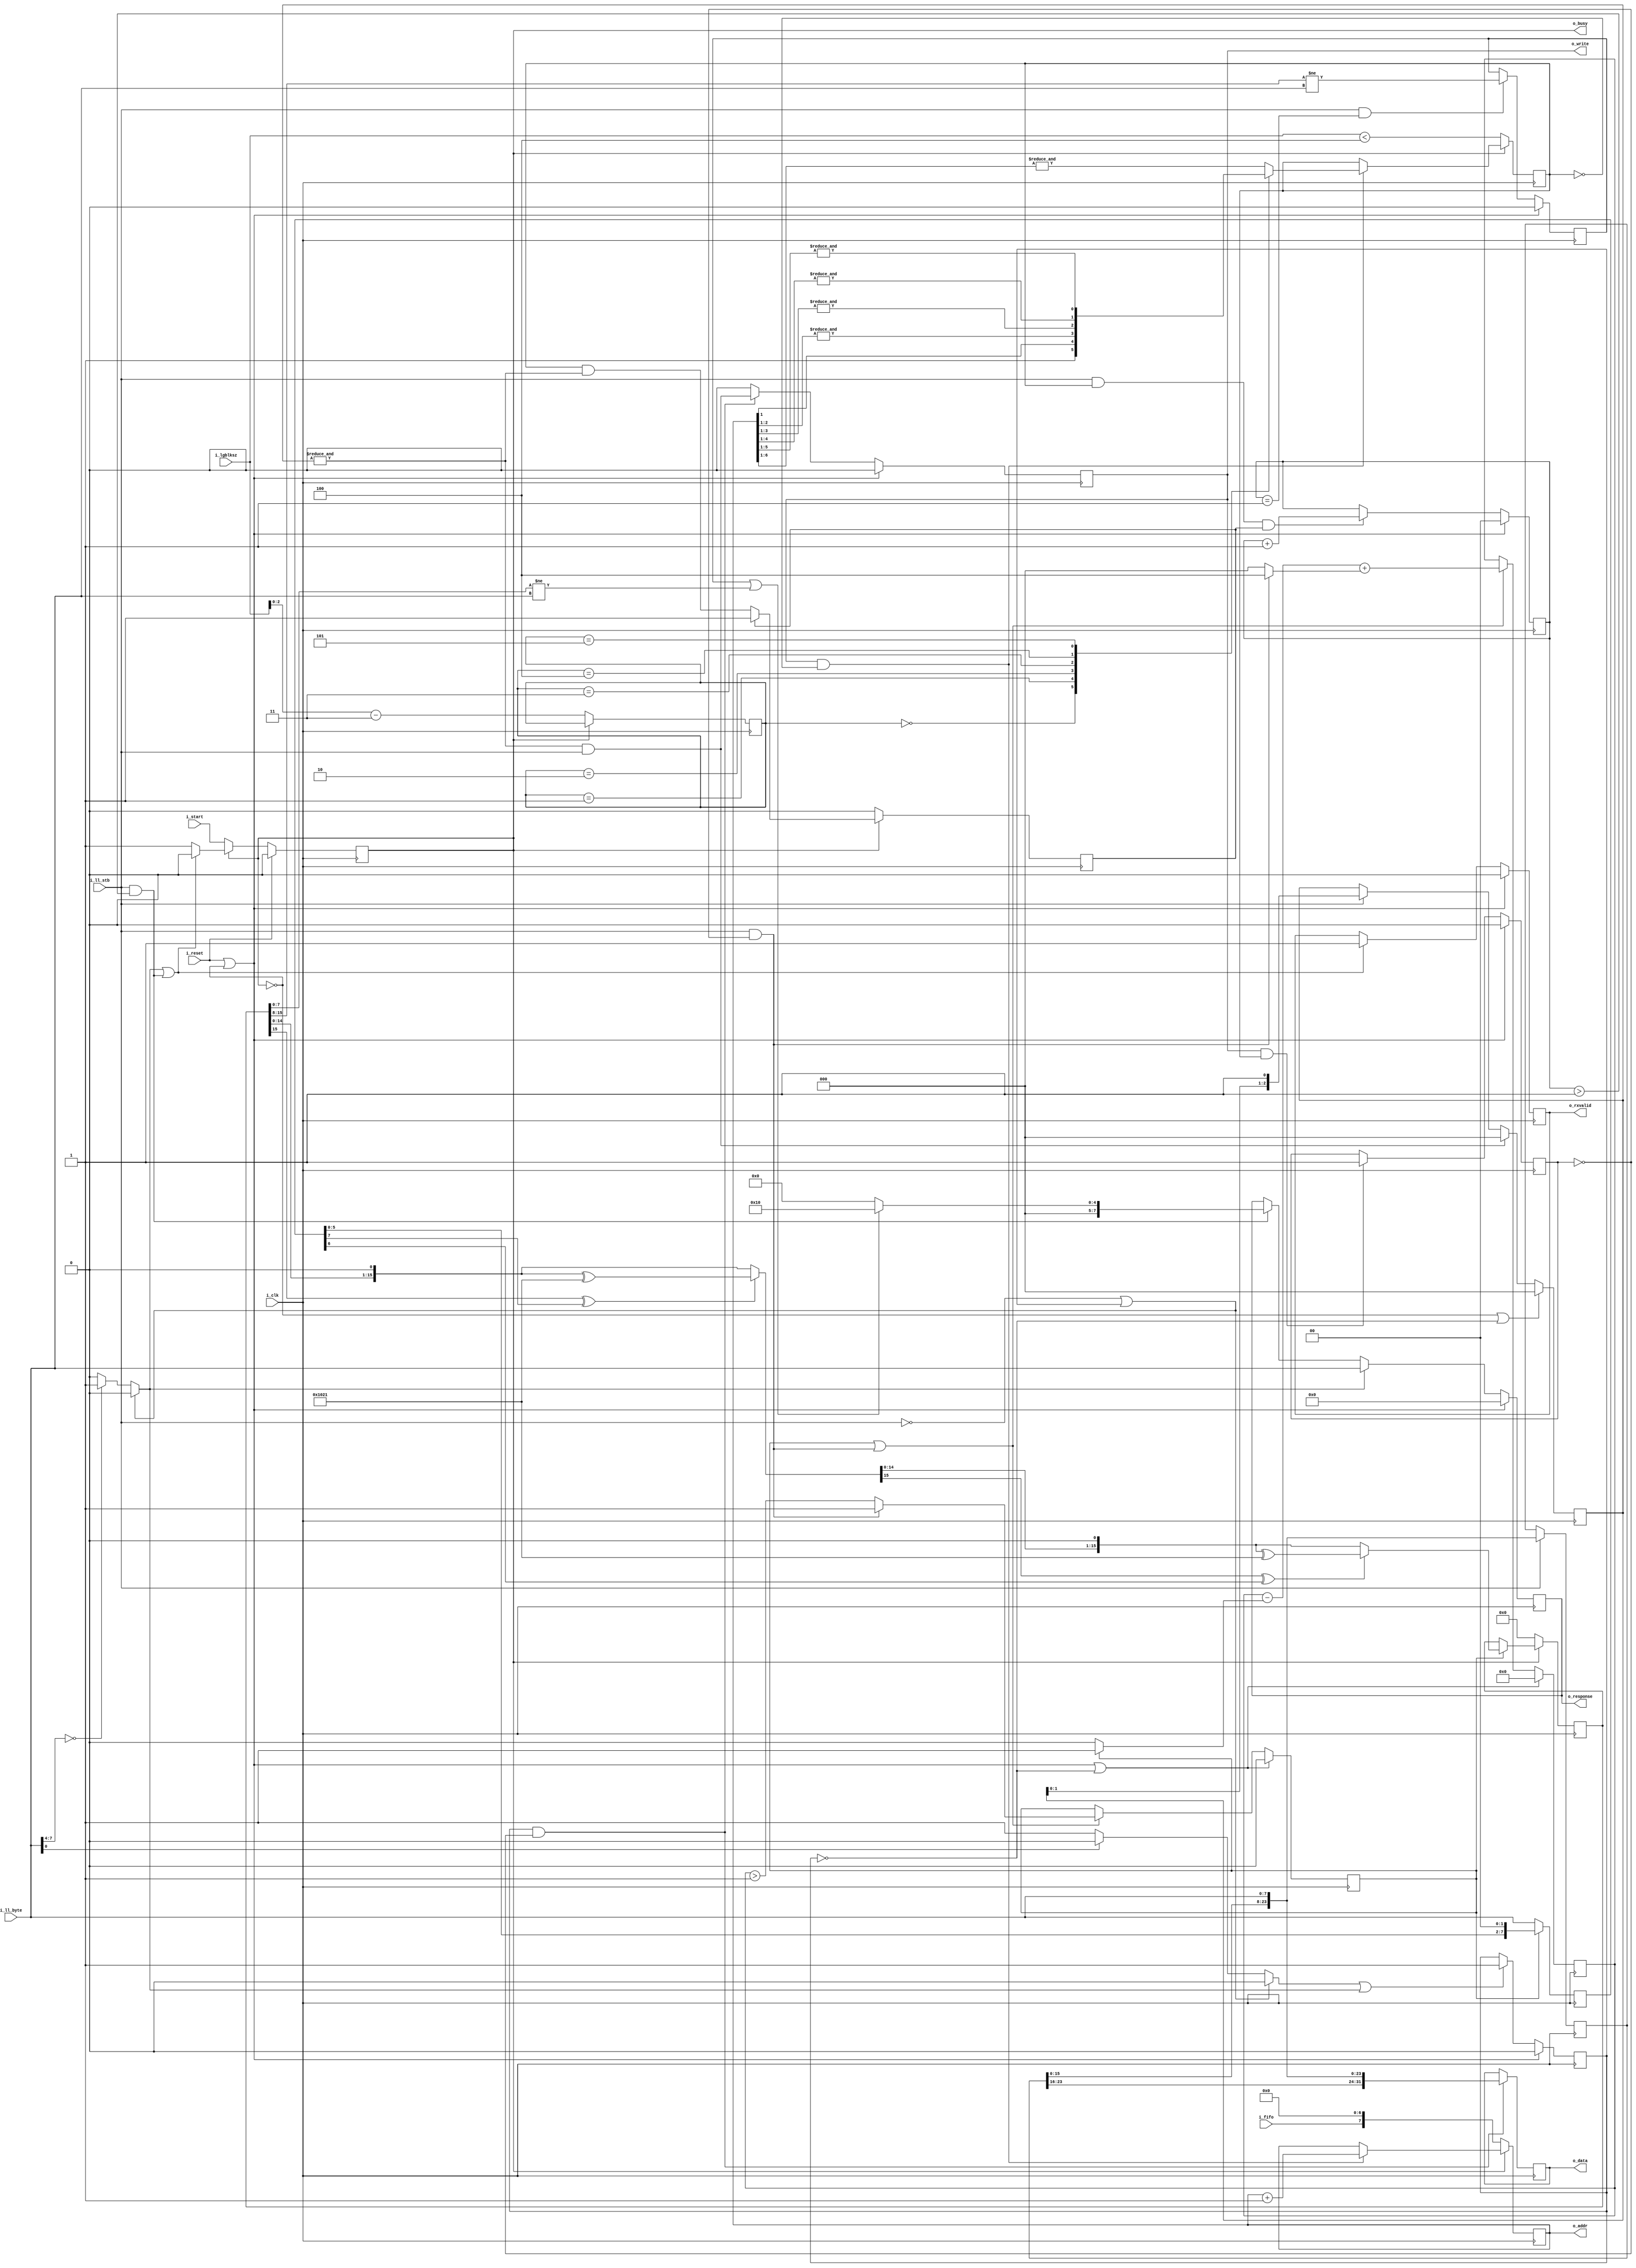
////////////////////////////////////////////////////////////////////////////////
//
//
// Project:	SD-Card controller, using a shared SPI interface
//
// Purpose:	To handle all of the processing associated with receiving data
//		from an SD card via the lower-level SPI processor, and then
//	issuing write commands to our internal memory store (external to this
//	module).
//
// Creator:	Dan Gisselquist, Ph.D.
//		Gisselquist Technology, LLC
//
////////////////////////////////////////////////////////////////////////////////
//
// Copyright (C) 2019-2020, Gisselquist Technology, LLC
//
// This program is free software (firmware): you can redistribute it and/or
// modify it under the terms of  the GNU General Public License as published
// by the Free Software Foundation, either version 3 of the License, or (at
// your option) any later version.
//
// This program is distributed in the hope that it will be useful, but WITHOUT
// ANY WARRANTY; without even the implied warranty of MERCHANTIBILITY or
// FITNESS FOR A PARTICULAR PURPOSE.  See the GNU General Public License
// for more details.
//
// You should have received a copy of the GNU General Public License along
// with this program.  (It's in the $(ROOT)/doc directory, run make with no
// target there if the PDF file isn't present.)  If not, see
// <http://www.gnu.org/licenses/> for a copy.
//
// License:	GPL, v3, as defined and found on www.gnu.org,
//		http://www.gnu.org/licenses/gpl.html
//
//
////////////////////////////////////////////////////////////////////////////////
//
//
`default_nettype none
//
module spirxdata(i_clk, i_reset, i_start, i_lgblksz, i_fifo, o_busy,
		i_ll_stb, i_ll_byte,
		o_write, o_addr, o_data,
		o_rxvalid, o_response);
	parameter	DW = 32, AW = 8;
	localparam	CRC_POLYNOMIAL = 16'h1021;
	//
	input	wire		i_clk, i_reset;
	//
	input	wire		i_start;
	input	wire	[3:0]	i_lgblksz;
	input	wire		i_fifo;
	output	reg		o_busy;
	//
	input	wire		i_ll_stb;
	input	wire [7:0]	i_ll_byte;
	//
	output	reg 		o_write;
	output	reg [AW-1:0]	o_addr;
	output	reg [DW-1:0]	o_data;
	//
	output	reg 		o_rxvalid;
	output	reg [7:0]	o_response;


	reg		error_token, start_token, token, received_token, done,
			lastaddr;
	reg		all_mem_written, lastdata;

	reg	[1:0]	crc_byte;
	reg	[2:0]	r_lgblksz_m3;
	reg	new_data_byte;
	reg	[3:0]	crc_fill;
	reg	[7:0]	crc_gearbox;
	reg	[15:0]	next_crc_data;
	reg	[15:0]	crc_data;
	reg		crc_err, crc_active;
	reg	[2:0]	fill;
	reg	[23:0]	gearbox;


	always @(*)
	begin
		error_token = 0;

		if (i_ll_byte[7:4] == 0)
			error_token = 1;
		if (!i_ll_stb || received_token)
			error_token = 0;
	end

	always @(*)
	begin
		start_token = 0;

		if (!i_ll_byte[0])
			start_token = 1;
		if (!i_ll_stb || received_token)
			start_token = 0;
	end

	always @(*)
		token = (start_token || error_token);

	always @(*)
		done = (i_ll_stb && (crc_byte>1));


	initial	received_token = 0;
	always @(posedge i_clk)
	if (i_reset || !o_busy)
		received_token <= 0;
	else if (token)
		received_token <= 1;

	initial	o_busy = 0;
	always @(posedge i_clk)
	if (i_reset)
		o_busy <= 0;
	else if (!o_busy)
		o_busy <= i_start;
	else if (error_token || done)
		o_busy <= 0;

	initial	o_rxvalid = 0;
	always @(posedge i_clk)
	if (i_reset || !o_busy)
		o_rxvalid <= 0;
	else if (error_token || done)
		o_rxvalid <= 1;

	initial	o_response = 0;
	always @(posedge i_clk)
	if (i_reset || !o_busy)
		o_response <= 0;
	else if (error_token)
		o_response <= i_ll_byte;
	else if (done)
		o_response <= (crc_err || (crc_data[7:0] != i_ll_byte)) ? 8'h10 : 0;

	initial	o_write = 0;
	always @(posedge i_clk)
	if (i_reset || !o_busy)
		o_write <= 0;
	else if (received_token && !all_mem_written)
		o_write <= (&fill) && i_ll_stb;
	else
		o_write <= 0;

	initial	o_write = 0;
	always @(posedge i_clk)
	if (received_token && !all_mem_written)
		o_data <= { gearbox, i_ll_byte };

	always @(posedge i_clk)
	if (!o_busy)
		o_addr <= { i_fifo, {(AW-1){1'b0}} };
	else if (o_write && !lastaddr)
		o_addr <= o_addr + 1;

	initial	fill = 0;
	always @(posedge i_clk)
	begin
		if (i_ll_stb)
			gearbox <= { gearbox[15:0], i_ll_byte };

		if (!o_busy || !received_token)
			fill <= 0;
		else if ((&fill) && i_ll_stb)
			fill <= 0;
		else if (i_ll_stb)
			fill <= { fill[1:0], 1'b1 };
	end

	always @(posedge i_clk)
	if (!o_busy)
		lastdata <= 0;
	else if (!lastdata)
		lastdata <= (lastaddr && (&fill));

	initial	all_mem_written = 0;
	always @(posedge i_clk)
	if (i_reset || !o_busy)
		all_mem_written <= 0;
	else if (o_write && lastaddr)
		all_mem_written <= 1;

	initial	crc_byte = 0;
	always @(posedge i_clk)
	if (i_reset || !o_busy)
		crc_byte <= 0;
	else if (i_ll_stb && lastaddr && lastdata)
		crc_byte <= crc_byte + 1;

	initial	r_lgblksz_m3 = 0;
	initial	lastaddr = 0;
	always @(posedge i_clk)
	if (!o_busy)
	begin
		lastaddr <= (i_lgblksz < 4);
		// Verilator lint_off WIDTH
		r_lgblksz_m3 <= i_lgblksz-3;
		// Verilator lint_on WIDTH
	end else if (o_write && !lastaddr)
	begin
		case(r_lgblksz_m3)
		0: lastaddr <= 1;		//   8 bytes
		1: lastaddr <= (&o_addr[1:1]);	//  16 bytes
		2: lastaddr <= (&o_addr[2:1]);	//  32 bytes
		3: lastaddr <= (&o_addr[3:1]);	//  64 bytes
		4: lastaddr <= (&o_addr[4:1]);	// 128 bytes
		5: lastaddr <= (&o_addr[5:1]);	// 256 bytes
		default: lastaddr <= (&o_addr[6:1]);	// 512 bytes
		endcase
	end

	////////////////////////////////////////////////////////////////////////
	//
	// CRC calculation
	//

	always @(*)
		new_data_byte = (i_ll_stb && !all_mem_written);


	initial	crc_fill   = 0;
	initial	crc_active = 0;
	always @(posedge i_clk)
	if (i_reset || !o_busy || !received_token)
	begin
		crc_fill <= 0;
		crc_active <= 0;
	end else if (crc_active || new_data_byte)
	begin
		// Verilator lint_off WIDTH
		crc_fill <= crc_fill - (crc_active ? 1:0)
					+ (new_data_byte ? 4:0);
		// Verilator lint_on WIDTH
		if (new_data_byte)
			crc_active <= 1;
		else
			crc_active <= (crc_fill > 1);
	end

	always @(posedge i_clk)
	if (!crc_active)
		crc_gearbox <= i_ll_byte;
	else
		crc_gearbox <= { crc_gearbox[8-3:0], 2'b00 };


	reg	[15:0]	first_crc_data;

	always @(*)
	begin
		first_crc_data = crc_data << 1;;

		if (crc_data[15] ^ crc_gearbox[7])
			first_crc_data = first_crc_data ^ CRC_POLYNOMIAL;

		if (first_crc_data[15] ^ crc_gearbox[6])
			next_crc_data = (first_crc_data << 1) ^ CRC_POLYNOMIAL;
		else
			next_crc_data = (first_crc_data << 1);
	end

	initial	crc_data = 0;
	always @(posedge i_clk)
	if (!o_busy)
		crc_data <= 0;
	else if (crc_active)
		crc_data <= next_crc_data;

	initial	crc_err = 0;
	always @(posedge i_clk)
	if (i_reset || !o_busy)
		crc_err <= 0;
	else if (i_ll_stb && (crc_byte == 1))
		crc_err <= (crc_data[15:8] != i_ll_byte);
	// else if (i_ll_stb && (crc_byte == 2)
	//	crc_err <= (crc_data[7:0] != i_ll_byte);

`ifdef	FORMAL
`endif	// FORMAL
endmodule